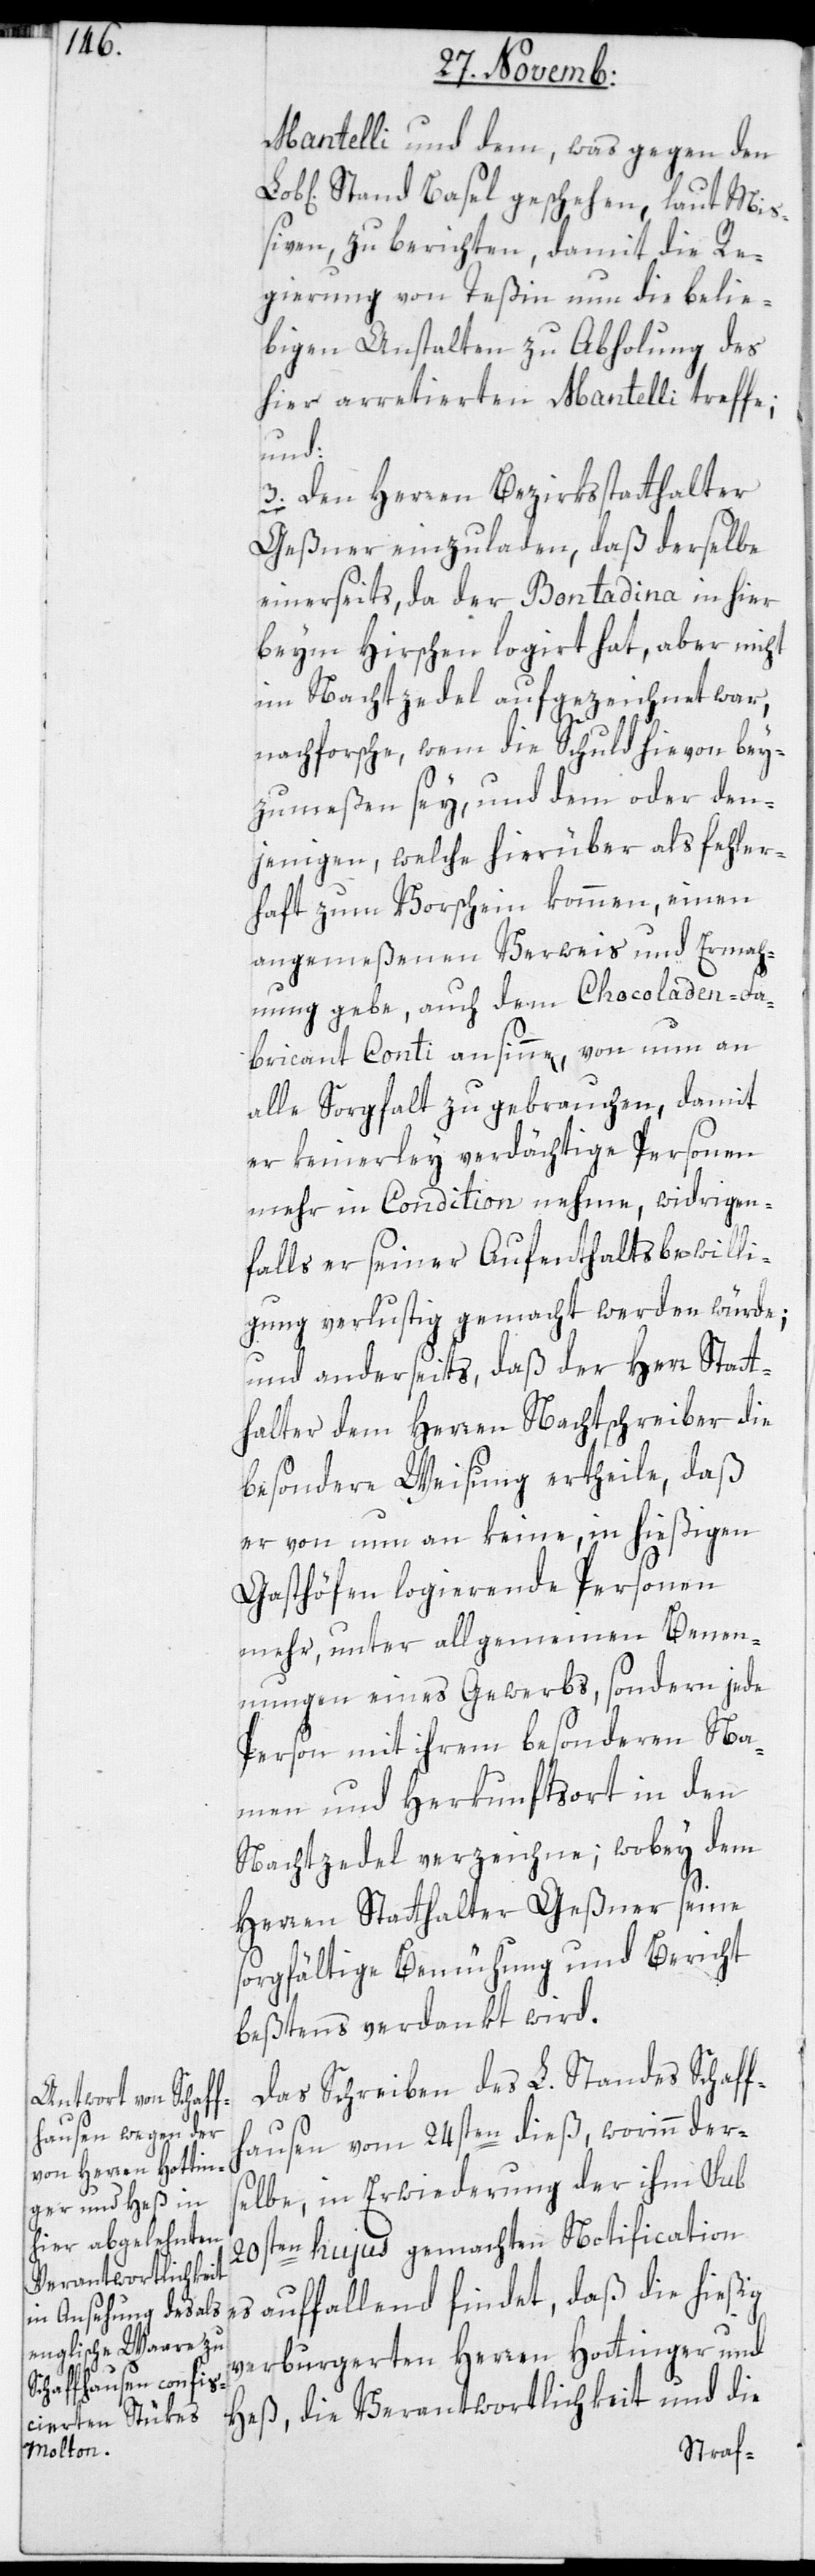
Mantelli und dem, was gegen den
Stand Basel geschehen, laut Mi¬
ßiven, zu berichten, damit die Re¬
gierung von Teßin nun die belie¬
bigen Anstalten zu Abholung des
hier arretierten Mantelli treffe,
und:
3. Den Herren Bezirkstatthalter
Geßner einzuladen, daß derselbe
einerseits, da der Bontadina in hier
beym Hirschen logiert hat, aber nicht
im Nachtzedel aufgezeichnet war,
nachforsche, wem die Schuld hievon bey¬
zumeßen sey, und dem oder den¬
jenigen, welche hierüber als fehler¬
haft zum Vorschein kommen, einen
angemeßenen Verweis und Ermah¬
nung gebe, auch dem Chocoladen-Fa¬
bricant Conti ansinne, von nun an
alle Sorgfalt zu gebrauchen, damit
er keinerlei verdächtige Personen
mehr in Condition nehme, widrigen¬
falls er seiner Aufenthaltsbewilli¬
gung verlustig gemacht werden würde;
und anderseits, daß der Herr Statt¬
halter dem Herren Nachtschreiber die
besondere Weisung ertheile, daß
er von nun an keine, in hießigen
Gasthöfen logierende Personen
mehr, unter allgemeinen Benen¬
nungen eines Gewerbs, sondern jede
Person mit ihrem besonderen Na¬
men und Herkunftsort in den
Nachtzedel verzeichne; wobey dem
Herren Statthalter Geßner seine
sorgfältige Bemühung und Bericht
beßtens verdankt wird.
Das Schreiben des L. Standes Schaff¬
hausen vom 24sten dieß, worinn der¬
selbe, in Erwiederung der ihm sub
20sten hujus gemachten Notification
es auffallend findet, daß die hießig
verburgerten Herren Hottinger und
Heß, die Verantwortlichkeit und die